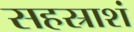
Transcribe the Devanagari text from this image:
सहस्राशं